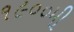
૧૯૦૦મી